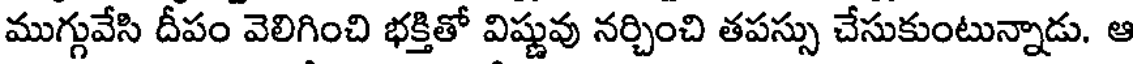
ముగ్గువేసి దీపం వెలిగించి భక్తితో విష్ణువు నర్చించి తపస్సు చేసుకుంటున్నాడు. ఆ